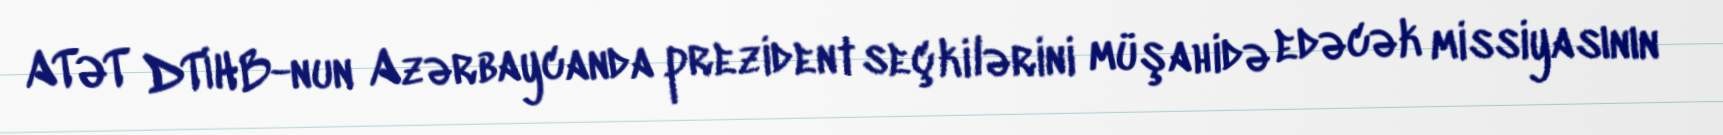
ATƏT DTİHB-nun Azərbaycanda prezident seçkilərini müşahidə edəcək missiyasının